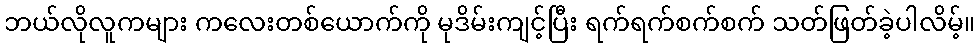
ဘယ်လိုလူကများ ကလေးတစ်ယောက်ကို မုဒိမ်းကျင့်ပြီး ရက်ရက်စက်စက် သတ်ဖြတ်ခဲ့ပါလိမ့်။